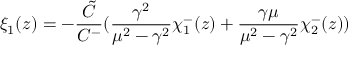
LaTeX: \xi _ { 1 } ( z ) = - \frac { \tilde { C } } { C ^ { - } } ( \frac { \gamma ^ { 2 } } { \mu ^ { 2 } - \gamma ^ { 2 } } \chi _ { 1 } ^ { - } ( z ) + \frac { \gamma \mu } { \mu ^ { 2 } - \gamma ^ { 2 } } \chi _ { 2 } ^ { - } ( z ) )